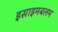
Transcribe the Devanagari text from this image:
इसाइमबलम